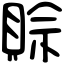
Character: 賒